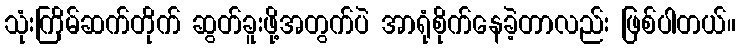
သုံးကြိမ်ဆက်တိုက် ဆွတ်ခူးဖို့အတွက်ပဲ အာရုံစိုက်နေခဲ့တာလည်း ဖြစ်ပါတယ်။